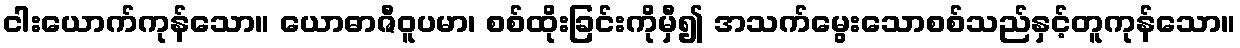
ငါးယောက်ကုန်သော။ ယောဓာဇီဝူပမာ၊ စစ်ထိုးခြင်းကိုမှီ၍ အသက်မွေးသောစစ်သည်နှင့်တူကုန်သော။